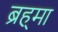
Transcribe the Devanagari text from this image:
ब्रह्‍मा